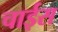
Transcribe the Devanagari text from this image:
चाईस